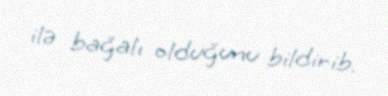
ilə bağalı olduğunu bildirib.